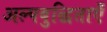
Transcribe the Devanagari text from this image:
अल्पबुद्धिताएँ